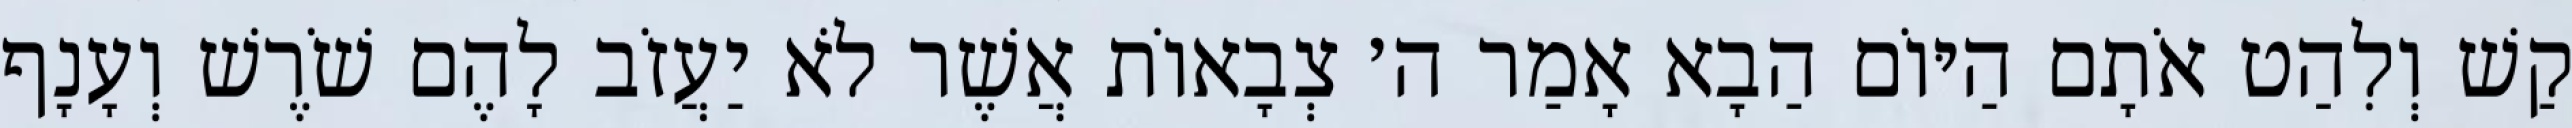
קַשׁ וְלִהַט אֹתָם הַיּוֹם הַבָא אָמַר ה׳ צְבָאוֹת אֲשֶׁר לֹא יַעֲזֹב לָהֶם שֹׁרֶשׁ וְעָנָף